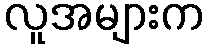
လူအများက